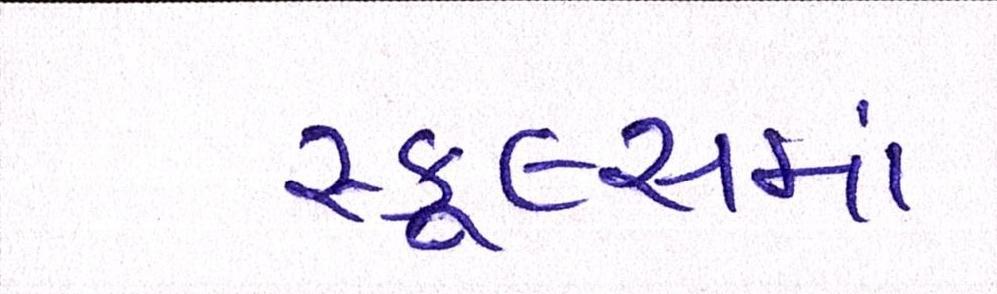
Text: સ્કૂલ્સમાં